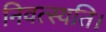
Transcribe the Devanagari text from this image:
निवत्स्यति।